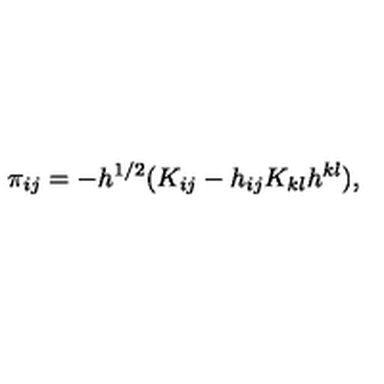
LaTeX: \pi _ { i j } = - h ^ { 1 / 2 } ( K _ { i j } - h _ { i j } K _ { k l } h ^ { k l } ) ,